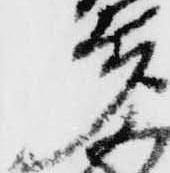
多